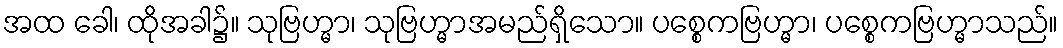
အထ ခေါ၊ ထိုအခါ၌။ သုဗြဟ္မာ၊ သုဗြဟ္မာအမည်ရှိသော။ ပစ္စေကဗြဟ္မာ၊ ပစ္စေကဗြဟ္မာသည်။